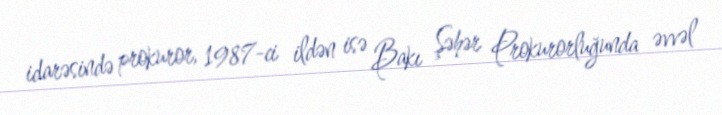
idarəsində prokuror, 1987-ci ildən isə Bakı Şəhər Prokurorluğunda əvvəl